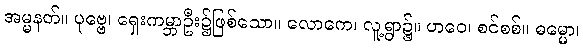
အမ္မနတ်။ ပုဗ္ဗေ၊ ရှေးကမ္ဘာဦး၌ဖြစ်သော။ လောကေ၊ လူ့ရွာ၌။ ဟဝေ၊ စင်စစ်။ ဓမ္မော၊